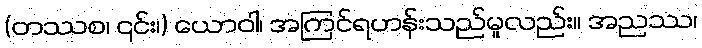
(တဿစ၊ ၎င်း၊) ယောဝါ၊ အကြင်ရဟန်းသည်မူလည်း။ အညဿ၊